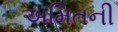
અમિતની